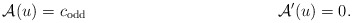
\begin{align*} \mathcal{A} (u) &= c_{\mathrm{odd}} & && \mathcal{A}'(u) &= 0 .\end{align*}